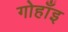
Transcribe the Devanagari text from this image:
गोहाँइ